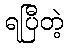
ရပြီတဲ့